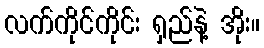
လက်ကိုင်ကိုင်း ရှည်နဲ့ အိုး။